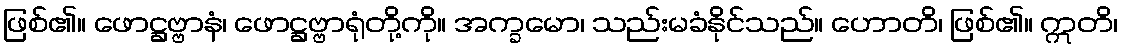
ဖြစ်၏။ ဖောဋ္ဌဗ္ဗာနံ၊ ဖောဋ္ဌဗ္ဗာရုံတို့ကို။ အက္ခမော၊ သည်းမခံနိုင်သည်။ ဟောတိ၊ ဖြစ်၏။ ဣတိ၊